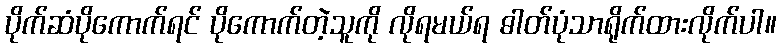
ပိုက်ဆံပိုကောက်ရင် ပိုကောက်တဲ့သူကို လိုရမယ်ရ ဓါတ်ပုံသာရိုက်ထားလိုက်ပါ။